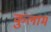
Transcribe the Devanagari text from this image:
कुलाम